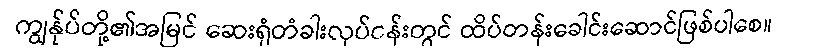
ကျွန်ုပ်တို့၏အမြင် ဆေးရုံတံခါးလုပ်ငန်းတွင် ထိပ်တန်းခေါင်းဆောင်ဖြစ်ပါစေ။